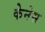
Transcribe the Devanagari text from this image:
केनेस